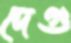
দেগু